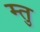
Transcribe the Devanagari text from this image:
म्तु